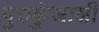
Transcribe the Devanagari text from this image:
गुरुकुंजाशी